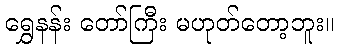
ရွှေနန်း တော်ကြီး မဟုတ်တော့ဘူး။